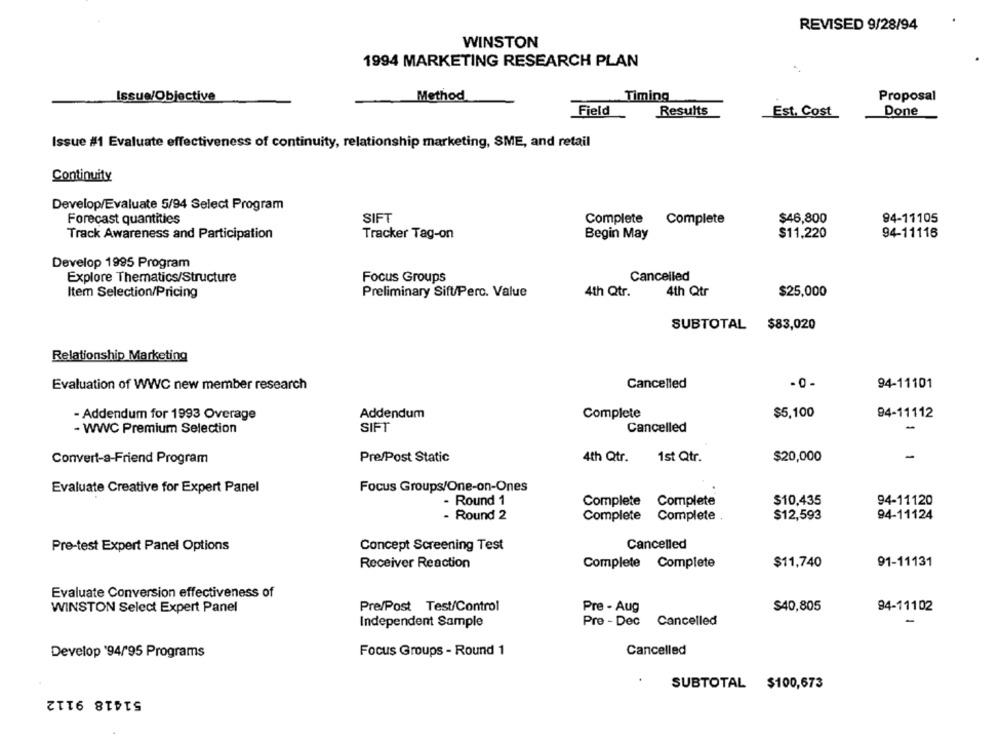
REVISED 9/28/94
WINSTON
1994 MARKETING RESEARCH PLAN
Issue/Objective
Method
Timing
Proposal
Field
Results
Done
Est. Cost
Issue #1 Evaluate effectiveness of continuity, relationship marketing, SME, and retail
Continuity
Develop/Evaluate 5/94 Select Program
Forecast quantities
SIFT
Complete Complete
$46,800
94-11105
Track Awareness and Participation
Tracker Tag-on
Begin May
$11,220
94-11116
Develop 1995 Program
Explore Thematics/Structure
Focus Groups
Cancelled
Item Selection/Pricing
Preliminary Sift/Perc. Value
4th Qtr.
4th Qtr
$25,000
SUBTOTAL $83,020
Relationship Marketing
Evaluation of WWC new member research
Cancelled
94-11101
- Addendum for 1993 Overage
Addendum
Complete
$5,100
94-11112
- WWC Premium Selection
SIFT
Cancelled
-
Convert-a-Friend Program
Pre/Post Static
4th Qtr.
1st Qtr.
$20,000
-
Evaluate Creative for Expert Panel
Focus Groups/One-on-Ones
- Round 1
Complete Complete
$10,435
94-11120
- Round 2
Complete Complete .
$12,593
94-11124
Pre-test Expert Panel Options
Concept Screening Test
Cancelled
Receiver Reaction
Complete Complete
$11,740
91-11131
Evaluate Conversion effectiveness of
WINSTON Select Expert Panel
Pre/Post Test/Control
Pre - Aug
$40,805
94-11102
Independent Sample
Pre - Dec Cancelled
-
Develop '94/95 Programs
Focus Groups - Round 1
Cancelled
SUBTOTAL $100,673
51418 9112